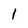
Character: 1